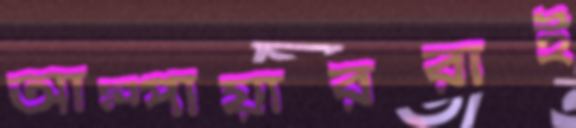
আম্পায়াররাই